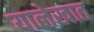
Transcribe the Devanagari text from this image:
यालेखात